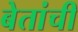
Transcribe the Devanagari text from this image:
बेतांची